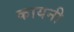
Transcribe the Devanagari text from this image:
कायनी